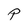
Character: P